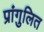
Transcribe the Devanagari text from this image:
प्रांगुलित